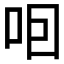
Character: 𠰸